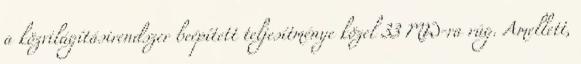
a közvilágításirendszer beépített teljesítménye közel 33 MW-ra rúg. Amellett,